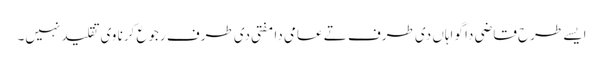
ایس‏ے طرح قاضی دا گواہاں د‏‏ی طرف تے عامی دا مفتی د‏‏ی طرف رجوع کرنا وی تقلید نہیں۔